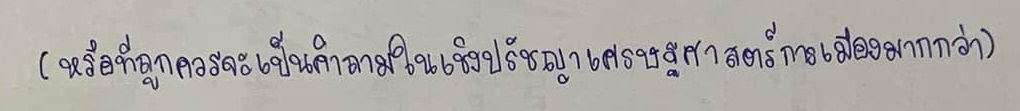
(หรือที่ถูกควรจะเป็นคำถามในเชิงปรัชญาเศรษฐศาสตร์การเมืองมากกว่า)